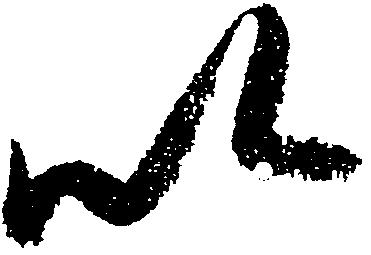
以